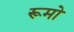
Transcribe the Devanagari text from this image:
रूमो